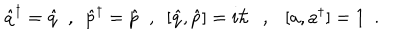
\hat { q } ^ { \dagger } = \hat { q } \ \ , \ \ \hat { p } ^ { \dagger } = \hat { p } \ \ , \ \ [ \hat { q } , \hat { p } ] = i \hbar \ \ \ , \ \ \ [ a , a ^ { \dagger } ] = 1 \ \ .